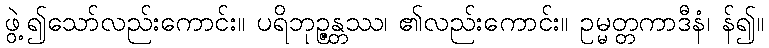
ဖွဲ့၍သော်လည်းကောင်း။ ပရိဘုဉ္ဇန္တဿ၊ ၏လည်းကောင်း။ ဥမ္မတ္တကာဒီနံ၊ န်၍။